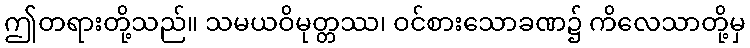
ဤတရားတို့သည်။ သမယဝိမုတ္တဿ၊ ဝင်စားသောခဏ၌ ကိလေသာတို့မှ